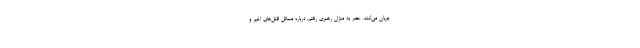
جریان مى‌كند. عصر به منزل رهبرى رفتم. درباره مسائل قتل‌هاى اخیر و